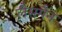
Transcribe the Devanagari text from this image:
लैसमैन